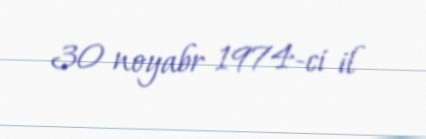
30 noyabr 1974-ci il